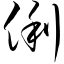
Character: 俐